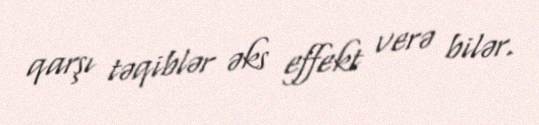
qarşı təqiblər əks effekt verə bilər.